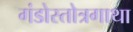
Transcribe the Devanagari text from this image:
गंडोस्तोत्रगाथा